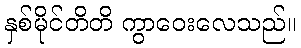
နှစ်မိုင်တိတိ ကွာဝေးလေသည်။